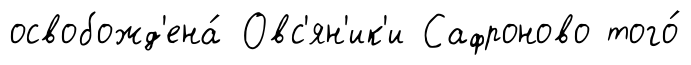
освобожд'ена́ Овс'ян'ик'и Сафроново того́